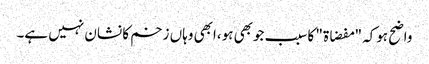
واضح ہوکہ "مفضاۃ" کاسبب جوبھی ہو،ابھی وہاں زخم کا نشان نہیں ہے۔